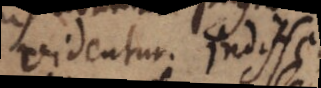
videntur. Indiffe